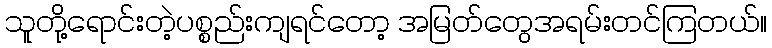
သူတို့ရောင်းတဲ့ပစ္စည်းကျရင်တော့ အမြတ်တွေအရမ်းတင်ကြတယ်။